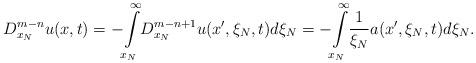
LaTeX: \begin{align*}D_{x_{N}}^{m-n}u(x,t)=-{\displaystyle\int\limits_{x_{N}}^{\infty}}D_{x_{N}}^{m-n+1}u(x^{\prime},\xi_{N},t)d\xi_{N}=-{\displaystyle\int\limits_{x_{N}}^{\infty}}\frac{1}{\xi_{N}}a(x^{\prime},\xi_{N},t)d\xi_{N}. \end{align*}